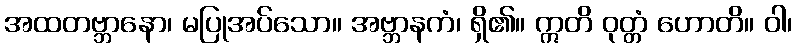
အထတဗ္ဘာနော၊ မပြုအပ်သော။ အဗ္ဘာနကံ၊ ရှိ၏။ ဣတိ ဝုတ္တံ ဟောတိ။ ဝါ၊